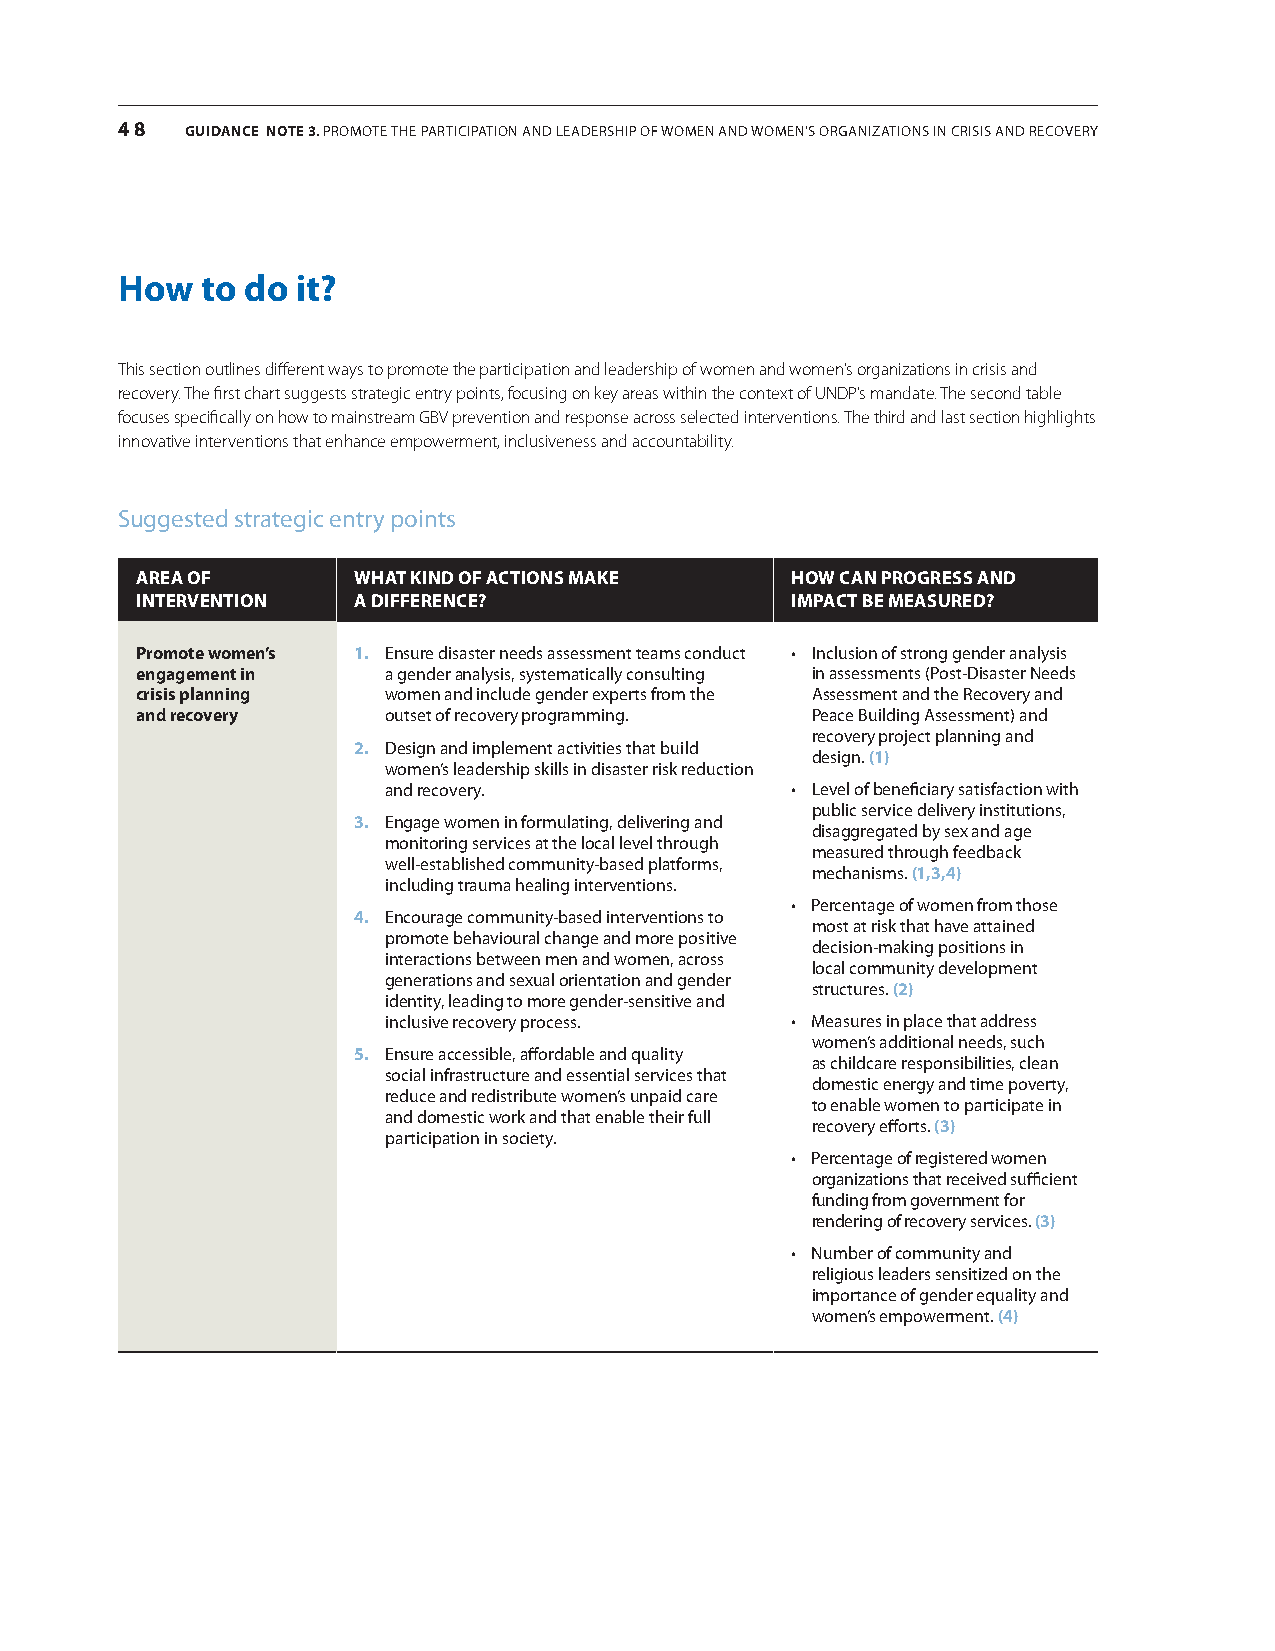
48  GUIDANCE NotE 3. Promote the ParticiPation and leadershiP of women and women’s organizations in crisis and recovery
 How  to do  it?
 This section outlines different ways to promote the participation and leadership of women and women’s organizations in crisis and
 recovery. The first chart suggests strategic entry points, focusing on key areas within the context of UNDP’s mandate. The second table
 focuses specifically on how to mainstream GBV prevention and response across selected interventions. The third and last section highlights
 innovative interventions that enhance empowerment, inclusiveness and accountability.
 suggested strategic entry points
 aRea oF       WHaT kinD oF acTions make    HoW can pRogRess anD
 inTeRvenTion  a DiFFeRence?                impacT Be measuReD?
 promote women’s 1. ensure disaster needs assessment teams conduct • Inclusion of strong gender analysis
 engagement in    a gender analysis, systematically consulting in assessments (Post-disaster needs
 crisis planning  women and include gender experts from the assessment and the recovery and
 and recovery     outset of recovery programming. Peace Building assessment) and
 recovery project planning and
 2. design and implement activities that build
 design. (1)
 women’s leadership skills in disaster risk reduction
 and recovery.             • Level of beneficiary satisfaction with
 public service delivery institutions,
 3. engage women in formulating, delivering and
 disaggregated by sex and age
 monitoring services at the local level through
 measured through feedback
 well-established community-based platforms,
 mechanisms. (1,3,4)
 including trauma healing interventions.
 • Percentage of women from those
 4. encourage community-based interventions to
 most at risk that have attained
 promote behavioural change and more positive
 decision-making positions in
 interactions between men and women, across
 local community development
 generations and sexual orientation and gender
 structures. (2)
 identity, leading to more gender-sensitive and
 inclusive recovery process. • Measures in place that address
 women’s additional needs, such
 5. ensure accessible, affordable and quality
 as childcare responsibilities, clean
 social infrastructure and essential services that
 domestic energy and time poverty,
 reduce and redistribute women’s unpaid care
 to enable women to participate in
 and domestic work and that enable their full
 recovery efforts. (3)
 participation in society.
 • Percentage of registered women
 organizations that received sufficient
 funding from government for
 rendering of recovery services. (3)
 • Number of community and
 religious leaders sensitized on the
 importance of gender equality and
 women’s empowerment. (4)